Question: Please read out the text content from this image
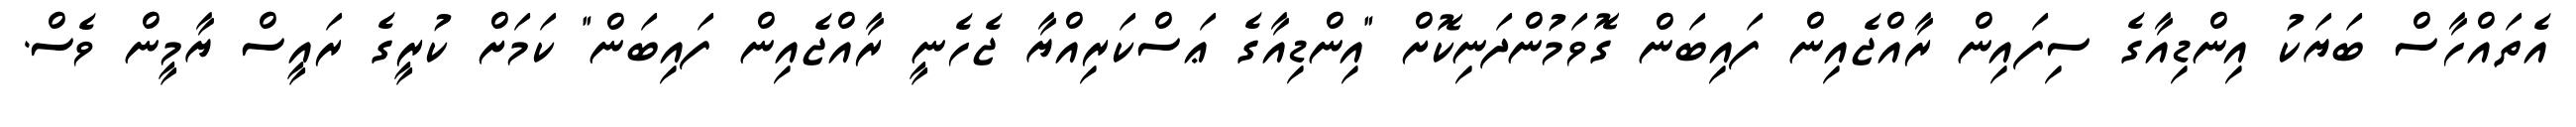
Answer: އެތައްހާސް ބަޔަކު އިންޑިއާގެ ސިފައިން ރާއްޖެއިން ފައިބަން ގޮވަމުންދަނިކޮށް "އިންޑިއާގެ ޢަސްކަރިއްޔާ ޖެހެނީ ރާއްޖެއިން ފައިބަން" ކަމަށް ކުރީގެ ރައީސް ޔާމީން ވެސް.